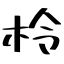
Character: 柃